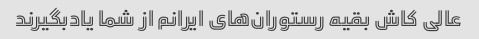
عالی کاش بقیه رستوران‌های ایرانم از شما یادبگیرند